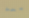
بعد